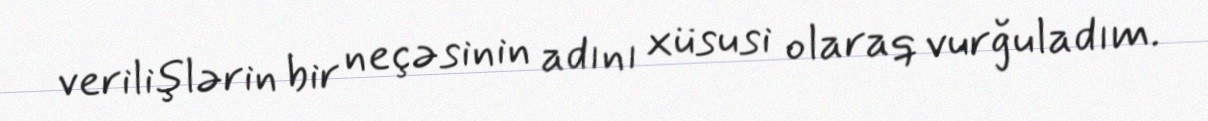
verilişlərin bir neçəsinin adını xüsusi olaraq vurğuladım.